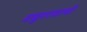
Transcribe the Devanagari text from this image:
मधुररसाची